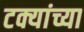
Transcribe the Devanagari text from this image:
टक्यांच्या